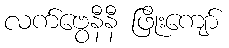
လက်ဗွေနီနီ ဖြိုးကျော်